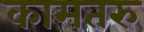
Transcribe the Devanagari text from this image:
कामतरु